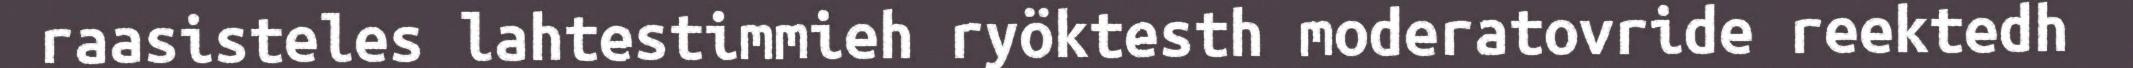
raasisteles lahtestimmieh ryöktesth moderatovride reektedh